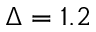
\Delta = 1 . 2